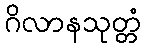
ဂိလာနသုတ္တံ